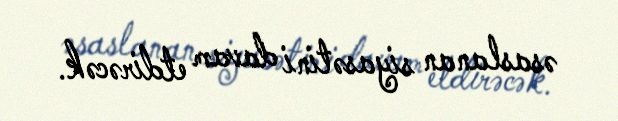
əsaslanan siyasətini davam etdirəcək.